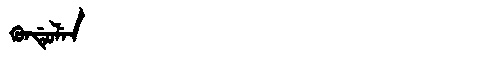
Manchu: ᡴᡠᠨᡩᡠᠯᡝᠨ
Romanization: KUNDULEN